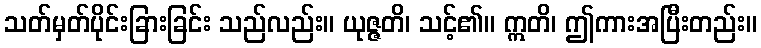
သတ်မှတ်ပိုင်းခြားခြင်း သည်လည်း။ ယုဇ္ဇတိ၊ သင့်၏။ ဣတိ၊ ဤကားအပြီးတည်း။